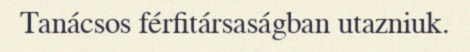
Tanácsos férfitársaságban utazniuk.